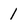
Character: 1